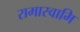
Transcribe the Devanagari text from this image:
रामास्वामि